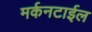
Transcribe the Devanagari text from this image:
मर्कनटाईल